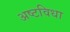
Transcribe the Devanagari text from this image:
अष्टविधा